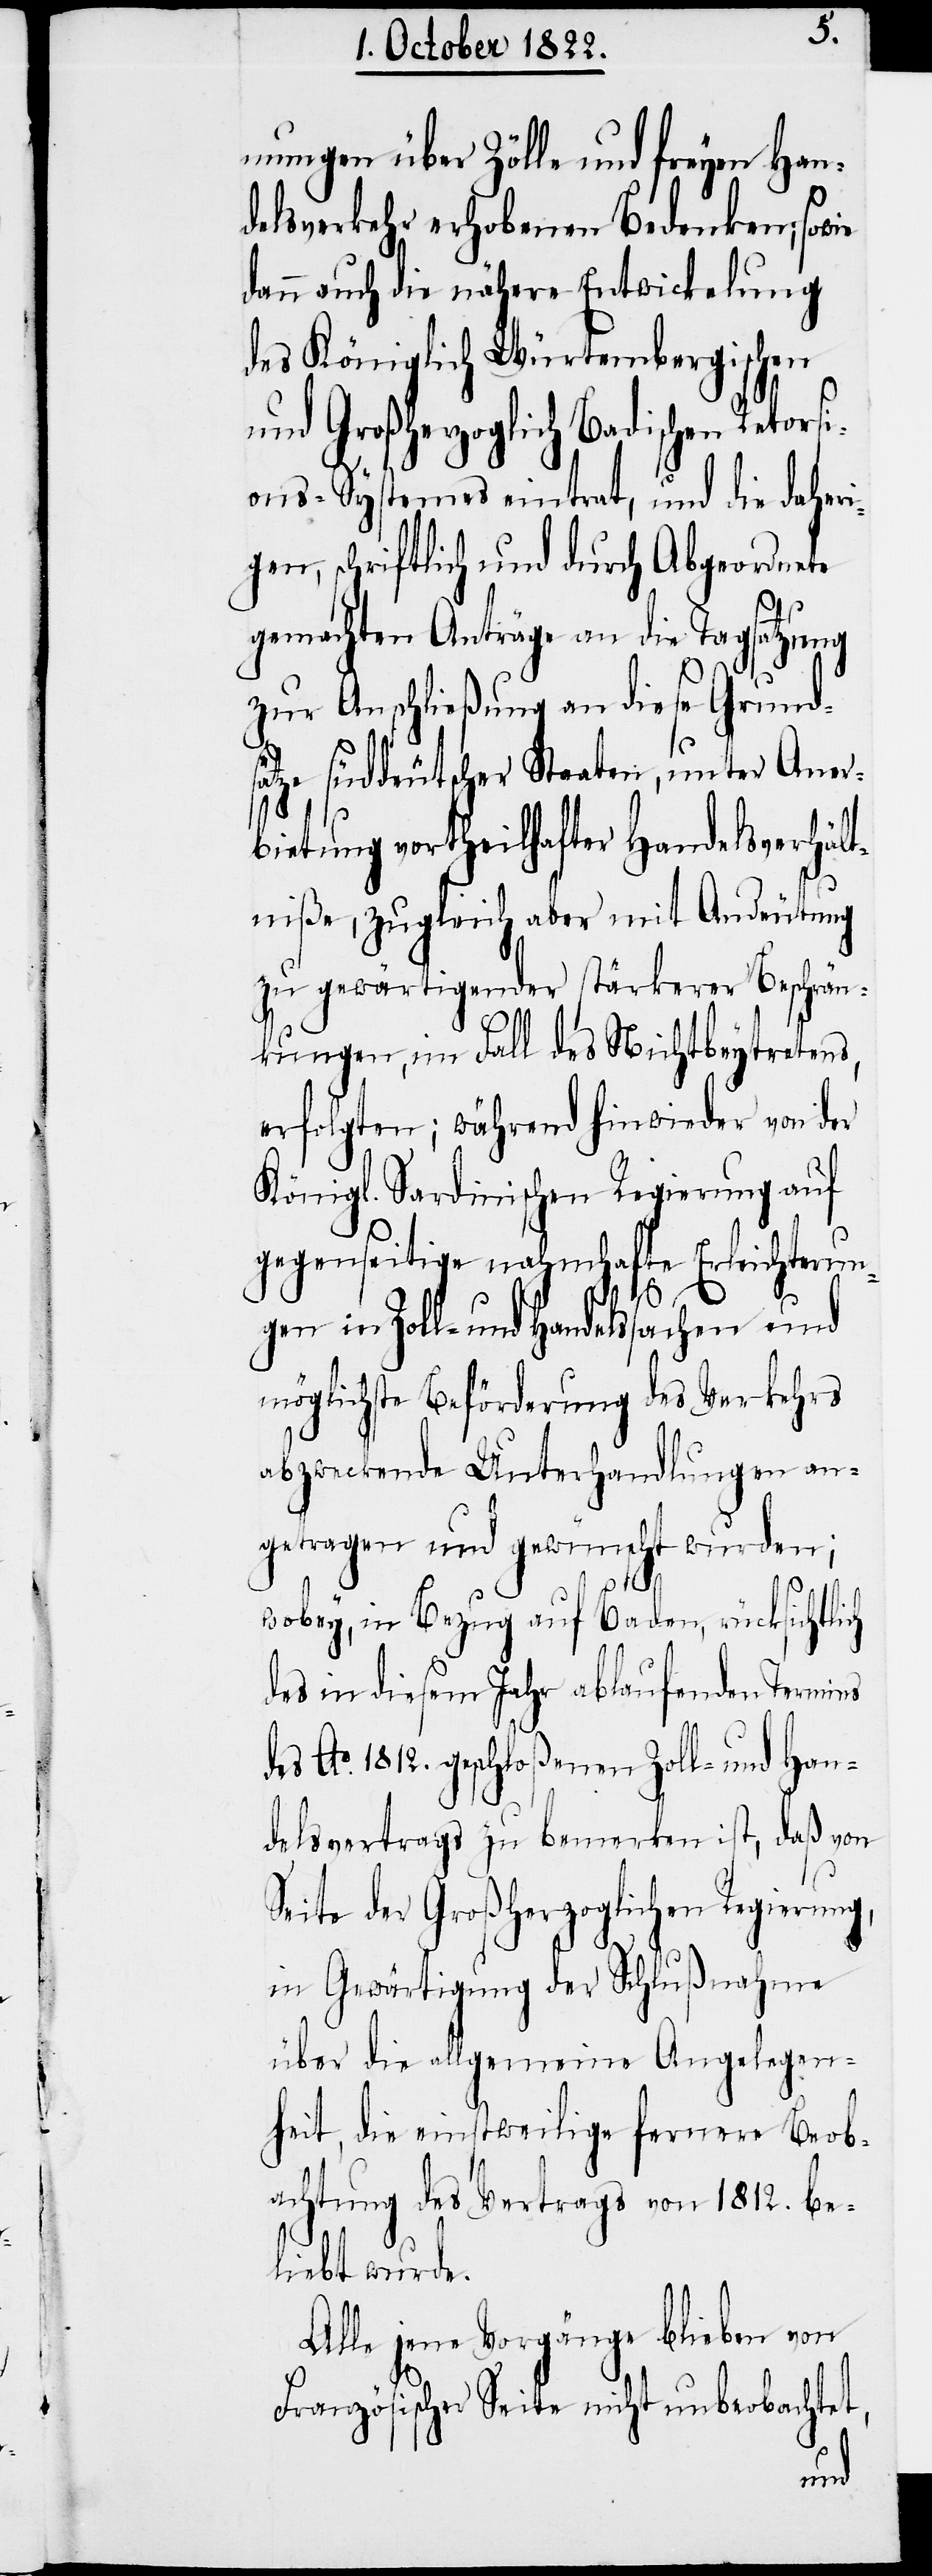
mungen über Zölle und freyen Han¬
delsverkehr erhobenen Bedenken; sowie
dann auch die nähere Entwickelung
des Königlich Würtembergischen
und Großherzoglich Badischen Retors¬
ions-Systemes eintrat, und die daheri¬
gen, schriftlich und durch Abgeordnete
gemachten Anträge an die Tagsatzung
zur Anschließung an diese Grunds¬
ätze süddeutscher Staaten, unter Aner¬
bietung vortheilhafter Handelsverhält¬
niße, zugleich aber mit Andeutung
zu gewärtigender stärkerer Beschrän¬
kungen, im Fall des Nichtbeytretens,
erfolgten; während hinwieder von der
Königl. Sardinischen Regierung auf
gegenseitige nahmhafte Erleichterun¬
gen in Zoll- und Handelssachen und
möglichste Beförderung des Verkehrs
abzweckende Unterhandlungen an¬
getragen und gewünscht wurden;
wobey, in Bezug auf Baden, rücksichtlich
des in diesem Jahr ablaufenden Termins
des Ao. 1812. geschloßenen Zoll- und Han¬
delsvertrags zu bemerken ist, daß von
Seite der Großherzoglichen Regierung,
in Gewärtigung der Schlußnahme
über die allgemeine Angelegen¬
heit, die einstweilige fernere Beob¬
achtung des Vertrags von 1812. be¬
liebt wurde.
Alle jene Vorgänge blieben von
Französischer Seite nicht unbeobachtet,